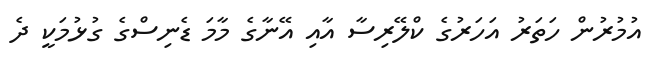
އުމުރުން ހަތަރު އަހަރުގެ ކްލޭރިސާ އާއި އޭނާގެ މާމަ ޑެނިސްގެ ގުޅުމަކީ ދެ